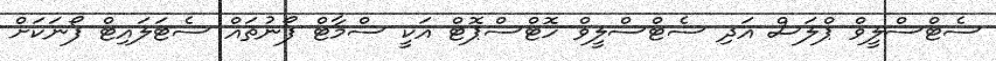
ސެޓްސްލީވް ޕްލަސް އަދި ސެޓްސްލީވް ހޮޓްސްޕޮޓް އަކީ ސްމާޓް ފޯނުތައް ސެޓަލައިޓް ފޯނަކަށް